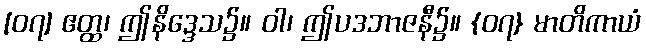
[၀၇] ဧတ္ထ၊ ဤနိဒ္ဒေသ၌။ ဝါ၊ ဤပဒဘာဇနီ၌။ {၀၇} မာတိကာယံ